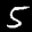
Label: 5